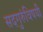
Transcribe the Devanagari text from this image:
सदगुरुंविषयी